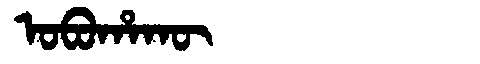
Manchu: ᠣᠪᠣᡥᠠᡴᡡ
Romanization: OBOHAKŪ